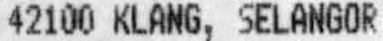
42100 KLANG, SELANGOR